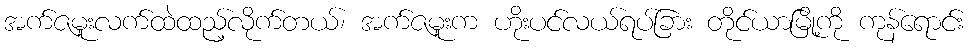
အက်ဇမူးလက်ထဲထည့်လိုက်တယ်၊ အက်ဇမူးက ဟိုးပင်လယ်ရပ်ခြား တိုင်ယာမြို့ကို ကုန်ရောင်း